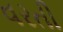
વરતી